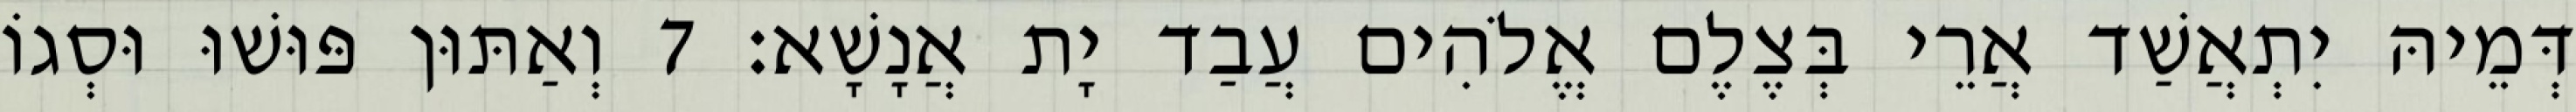
דְּמֵיהּ יִתְאֲשַׁד אֲרֵי בְּצֶלֶם אֱלֹהִים עֲבַד יָת אֲנָשָׁא׃ 7 וְאַתּוּן פּוּשׁוּ וּסְגוֹ